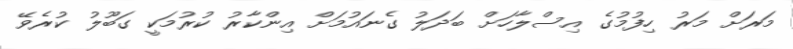
މަރަށް މަރު ހިފުމުގެ އިސްލާހަށް ބަދަލު ގެނައުމަށް އިންކާރު ކުރުމަކީ ގަބޫލު ކުރެވޭ